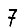
Digit: 7